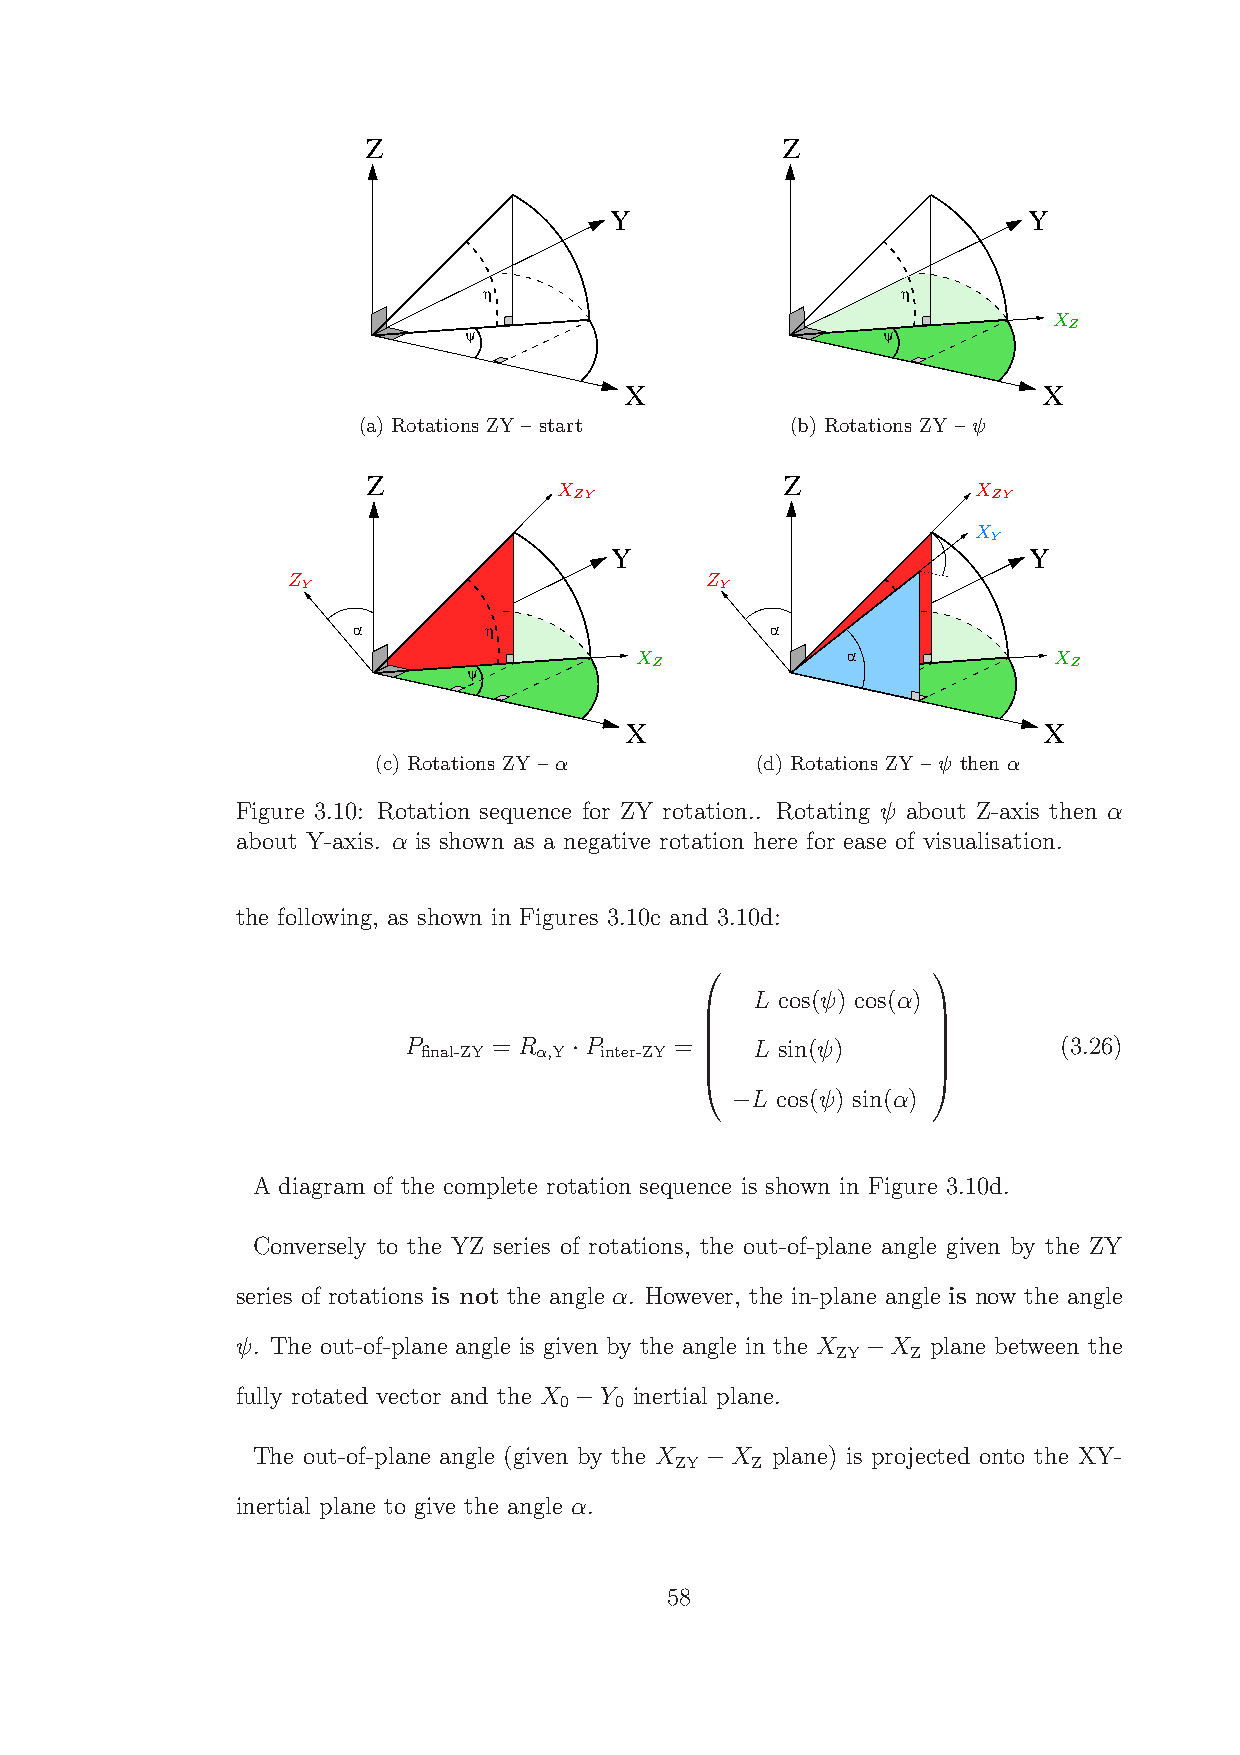
Z                           Z
 Y                           Y
 η                           η
 X
 Z
 ψ                          ψ
 X                           X
 (a) Rotations ZY – start    (b) Rotations ZY – ψ
 Z            X              Z            X
 ZY                          ZY
 X
 Y
 Y                           Y
 Z                           Z
 Y                           Y
 α        η                  α        η
 X             α             X
 Z                           Z
 ψ                           ψ
 X                           X
 (c) Rotations ZY – α     (d) Rotations ZY – ψ then α
 Figure 3.10: Rotation sequence for ZY rotation.. Rotating ψ about Z-axis then α
 about Y-axis. α is shown as a negative rotation here for ease of visualisation.
 the following, as shown in Figures 3.10c and 3.10d:
 L cos(ψ) cos(α)
                
 P final-ZY = R α,Y P inter-ZY = L sin(ψ)   (3.26)
 ·
                
                
 L cos(ψ) sin(α)
                
  −             
                
 A diagram of the complete rotation sequence is shown in Figure 3.10d.
 Conversely to the YZ series of rotations, the out-of-plane angle given by the ZY
 series of rotations is not the angle α. However, the in-plane angle is now the angle
 ψ. The out-of-plane angle is given by the angle in the X X plane between the
 ZY   Z
 −
 fully rotated vector and the X Y inertial plane.
 0   0
 −
 The out-of-plane angle (given by the X X plane) is projected onto the XY-
 ZY   Z
 −
 inertial plane to give the angle α.
 58